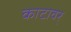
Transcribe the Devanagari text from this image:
काटावर्